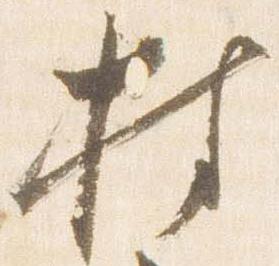
持